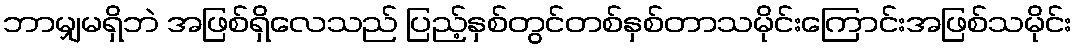
ဘာမျှမရှိဘဲ အဖြစ်ရှိလေသည် ပြည့်နှစ်တွင်တစ်နှစ်တာသမိုင်းကြောင်းအဖြစ်သမိုင်း